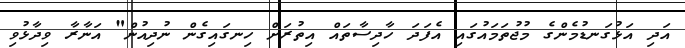
އަދި އަޅުގަނޑުމެންގެ މުޖުތަމައުގައި އެފަދަ ހާދިސާތައް އިތުރަށް ހިނގައިގެން ނުދިއުން" އަނާރާ ވިދާޅުވި